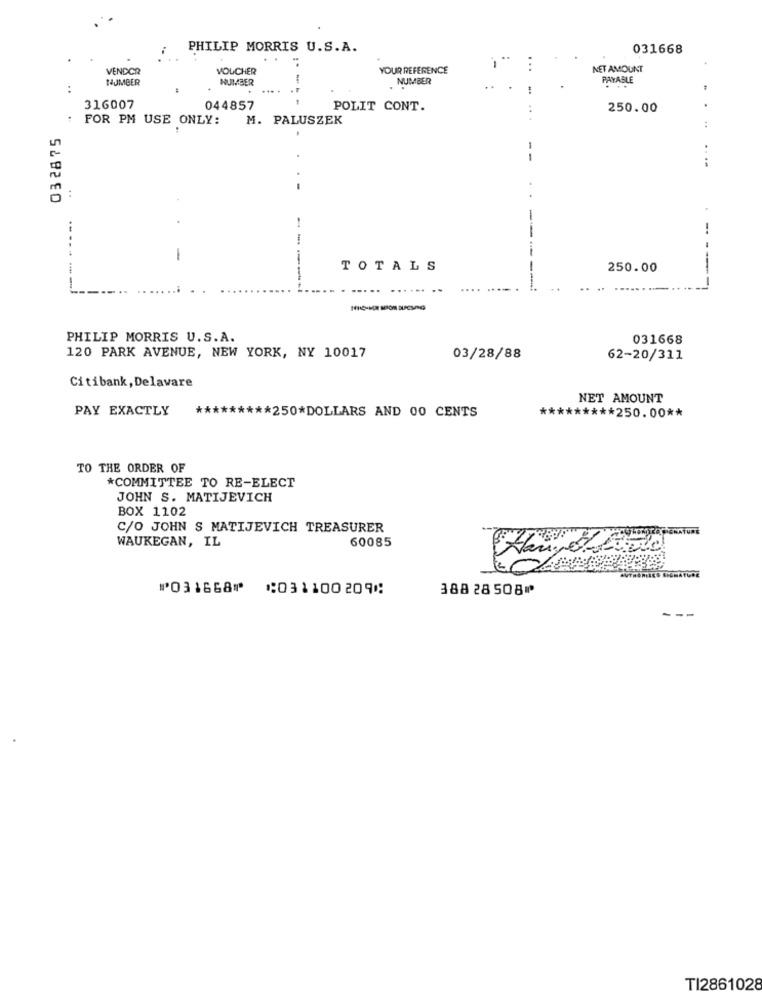
PHILIP MORRIS U.S.A.
031668
:
VENDOR
VOUCHER
YOUR REFERENCE
..
NET AMOUNT
NUMBER
NUMBER
NUMBER
PAYABLE
....
316007
044857
POLIT CONT.
250.00
POR PM USE ONLY: M. PALUSZEK
...
032875
--
....
-.
--
1
TOTALS
250.00
--
------- J
PHILIP MORRIS U.S.A.
031668
120 PARK AVENUE, NEW YORK, NY 10017
03/28/88
62-20/311
Citibank, Delavare
NET AMOUNT
PAY EXACTLY
********* 250*DOLLARS AND 00 CENTS
**
***** 250.00 **
TO THE ORDER OF
*COMMITTEE TO RE-ELECT
JOHN S. MATIJEVICH
BOX 1102
C/O JOHN S MATIJEVICH TREASURER
ERATURE
WAUKEGAN, IL
60085
Hai, State
⑈031668⑈ ⑆031100209⑆
38828508⑈
TI2861028